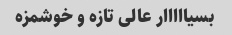
بسیااااار عالی تازه و خوشمزه